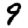
Digit: 9